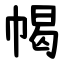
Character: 幆